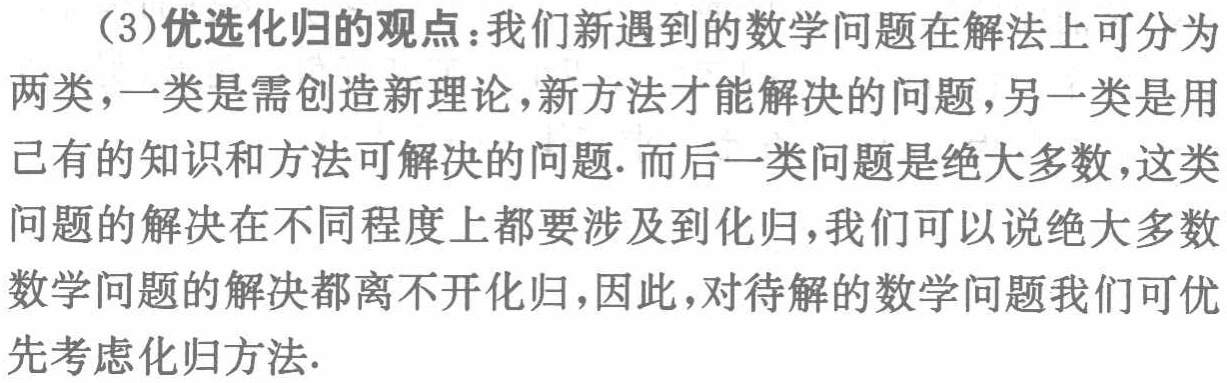
（3）优选化归的观点：我们新遇到的数学问题在解法上可分为两类，一类是需创造新理论，新方法才能解决的问题，另一类是用已有的知识和方法可解决的问题. 而后一类问题是绝大多数，这类问题的解决在不同程度上都要涉及到化归，我们可以说绝大多数数学问题的解决都离不开化归，因此，对待解的数学问题我们可优先考虑化归方法.